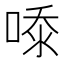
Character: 𭈿